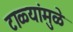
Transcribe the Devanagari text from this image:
टाळ्यांमुळे